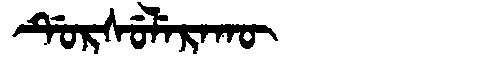
Manchu: ᡩᡠᡵᠰᡠᠯᡝᡵᠠᡴᡡ
Romanization: DURSULERAKŪ